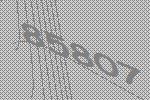
85807